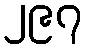
၂၉၇